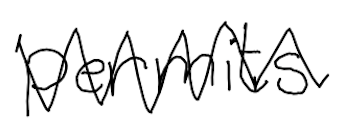
Text: permits
Cross-out: zig-zag
Writing tool: digital_black